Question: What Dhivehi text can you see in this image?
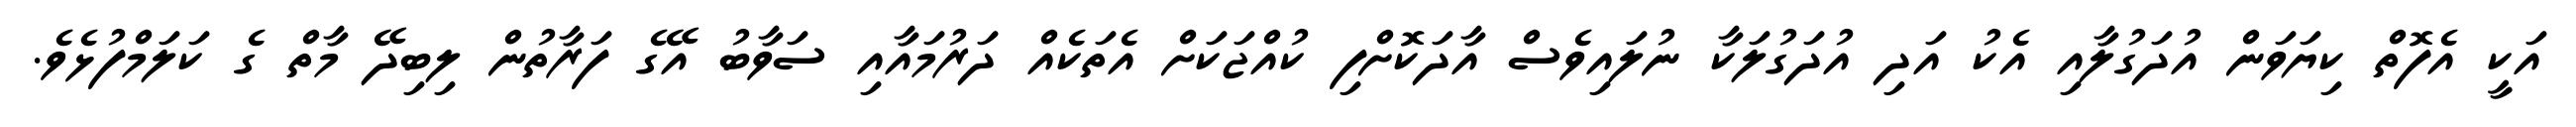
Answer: އަކީ އެފޮތް ކިޔަވަން އުދަގުލާއި އެކު އަދި އުދަގުލަކާ ނުލައިވެސް އާދަކޮށްފި ކުއްޖަކަށް އެތަކެއް ދަރުމައާއި ސަވާބު އޭގެ ފަރާތުން ލިބިދޭ މާތް ގެ ކަލަމްފުޅެވެ.